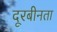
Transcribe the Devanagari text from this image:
दूरबीनता